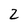
Character: 2